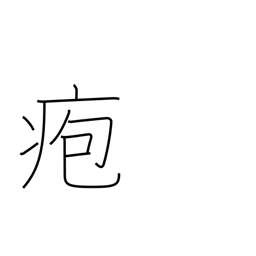
Meaning: blister